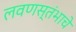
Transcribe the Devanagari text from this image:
लवणस्तंभाचे